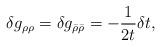
LaTeX: \begin{align*}\delta g_{\rho\rho}=\delta g_{\bar{\rho}\bar{\rho}}=-\frac1{2t}\delta t,\end{align*}